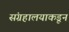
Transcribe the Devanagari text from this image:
संग्रहालयाकडून